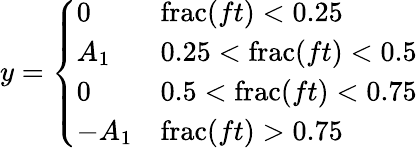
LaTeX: y={\left\{ \begin{array}{ll}{0}&{\operatorname{frac}(ft)<0.25}\\ {A_{1}}&{0.25<\operatorname{frac}(ft)<0.5}\\ {0}&{0.5<\operatorname{frac}(ft)<0.75}\\ {-A_{1}}&{\operatorname{frac}(ft)>0.75}\end{array}\right.}